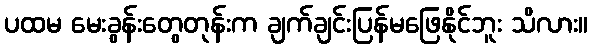
ပထမ မေးခွန်းတွေတုန်းက ချက်ချင်းပြန်မဖြေနိုင်ဘူး သိလား။